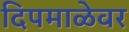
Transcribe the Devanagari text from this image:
दिपमाळेवर